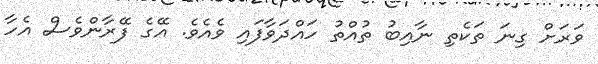
ވަރަށް ގިނަ ތަކެތި ނާއިބު ތުއްތު ހައްދަވާފައި ވެއެވެ. އޭގެ ފޭރާންވެސް އެހާ